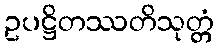
ဥပဋ္ဌိတဿတိသုတ္တံ